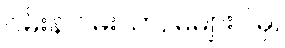
ဝမ်းနဲ ဝမ်းသာ, မများပါမှ,